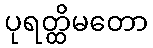
ပုရတ္ထိမတော